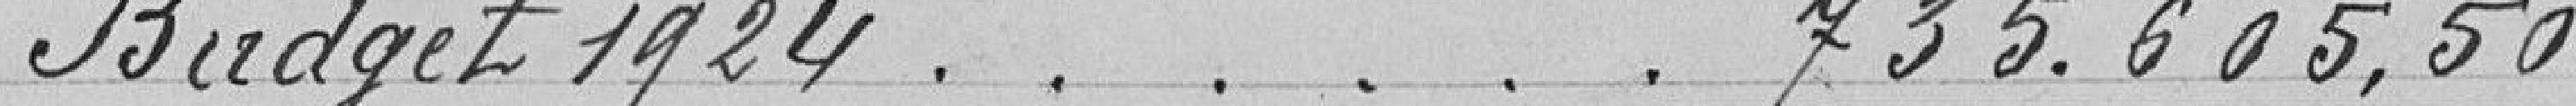
Budget 1924 . . . . . . 735.605,50